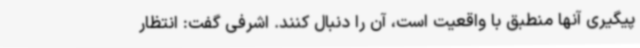
پیگیری آنها منطبق با واقعیت است، آن را دنبال کنند. اشرفی گفت: انتظار